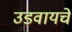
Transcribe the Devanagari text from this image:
उडवायचे